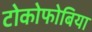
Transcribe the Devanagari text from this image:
टोकोफोबिया